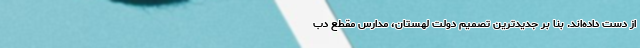
از دست داده‌اند. بنا بر جدیدترین تصمیم دولت لهستان، مدارس مقطع دب